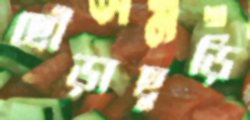
ছোঁড়াছুড়ি